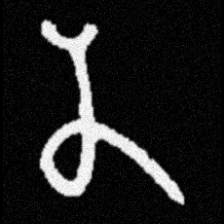
Pyu character \u2014 Myanmar letter: န (romanized: na)